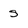
Character: s